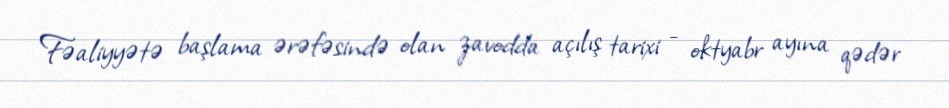
Fəaliyyətə başlama ərəfəsində olan zavodda açılış tarixi - oktyabr ayına qədər